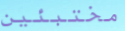
مختبئين